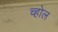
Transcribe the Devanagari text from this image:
च्होल